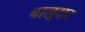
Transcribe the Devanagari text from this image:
बालूदार